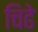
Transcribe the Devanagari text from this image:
चिढे